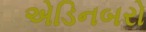
એડિનબરો